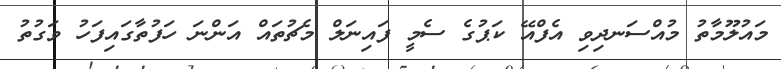
މައުލޫމާތު މުއްސަނދިވި އެފްއޭ ކަޕުގެ ސެމީ ފައިނަލް މެޗުތައް އަންނަ ހަފުތާގައިފަހު ވަގުތު